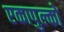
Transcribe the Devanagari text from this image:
एकापुल्को